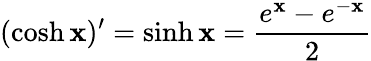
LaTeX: (\cosh\mathbf{x})^{\prime}=\sinh\mathbf{x}={\frac{{e^{\mathbf{x}}-e^{-\mathbf{x}}}}{{2}}}